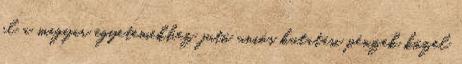
el a magyar egyetemekhez jutó uniós kutatási pénzek közel